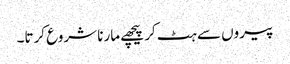
پیروں سے ہٹ کر پیچھے مارنا شروع کرتا۔